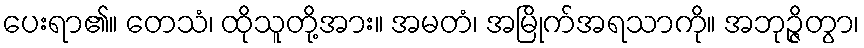
ပေးရာ၏။ တေသံ၊ ထိုသူတို့အား။ အမတံ၊ အမြိုက်အရသာကို။ အဘုဉ္ဇိတွာ၊